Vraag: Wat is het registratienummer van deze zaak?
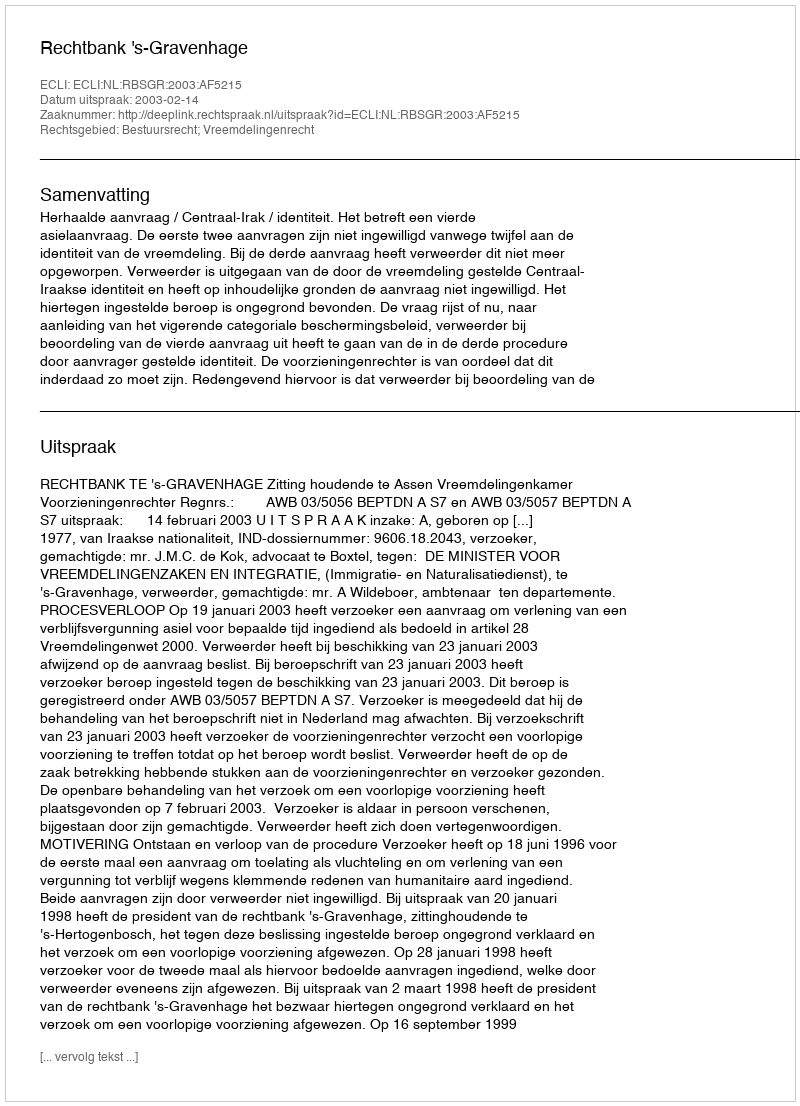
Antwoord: http://deeplink.rechtspraak.nl/uitspraak?id=ECLI:NL:RBSGR:2003:AF5215